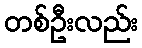
တစ်ဦးလည်း